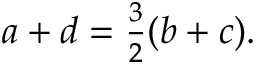
\begin{array} { r } { a + d = \frac { 3 } { 2 } ( b + c ) . } \end{array}